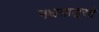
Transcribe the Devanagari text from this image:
नक्षत्राद्धरते